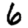
Digit: 6